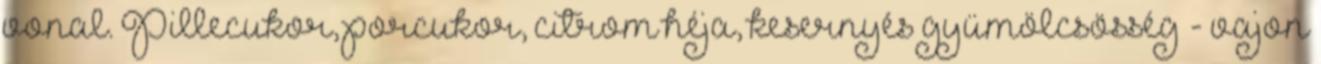
vonal. Pillecukor, porcukor, citrom héja, kesernyés gyümölcsösség - vajon